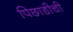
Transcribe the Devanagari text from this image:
पिछाडीची